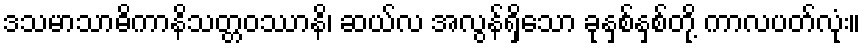
ဒသမာသာဓိကာနိသတ္တဝဿာနိ၊ ဆယ်လ အလွန်ရှိသော ခုနှစ်နှစ်တို့ ကာလပတ်လုံး။